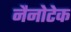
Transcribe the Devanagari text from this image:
नैनोटेक